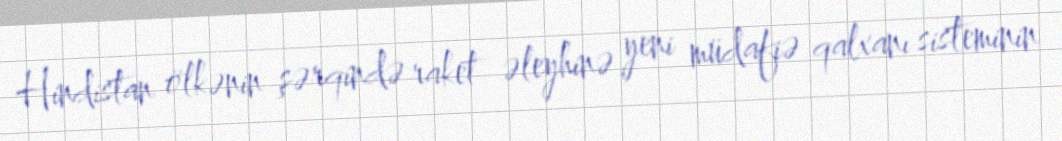
Hindistan ölkənin şərqində raket əleyhinə yeni müdafiə qalxanı sisteminin